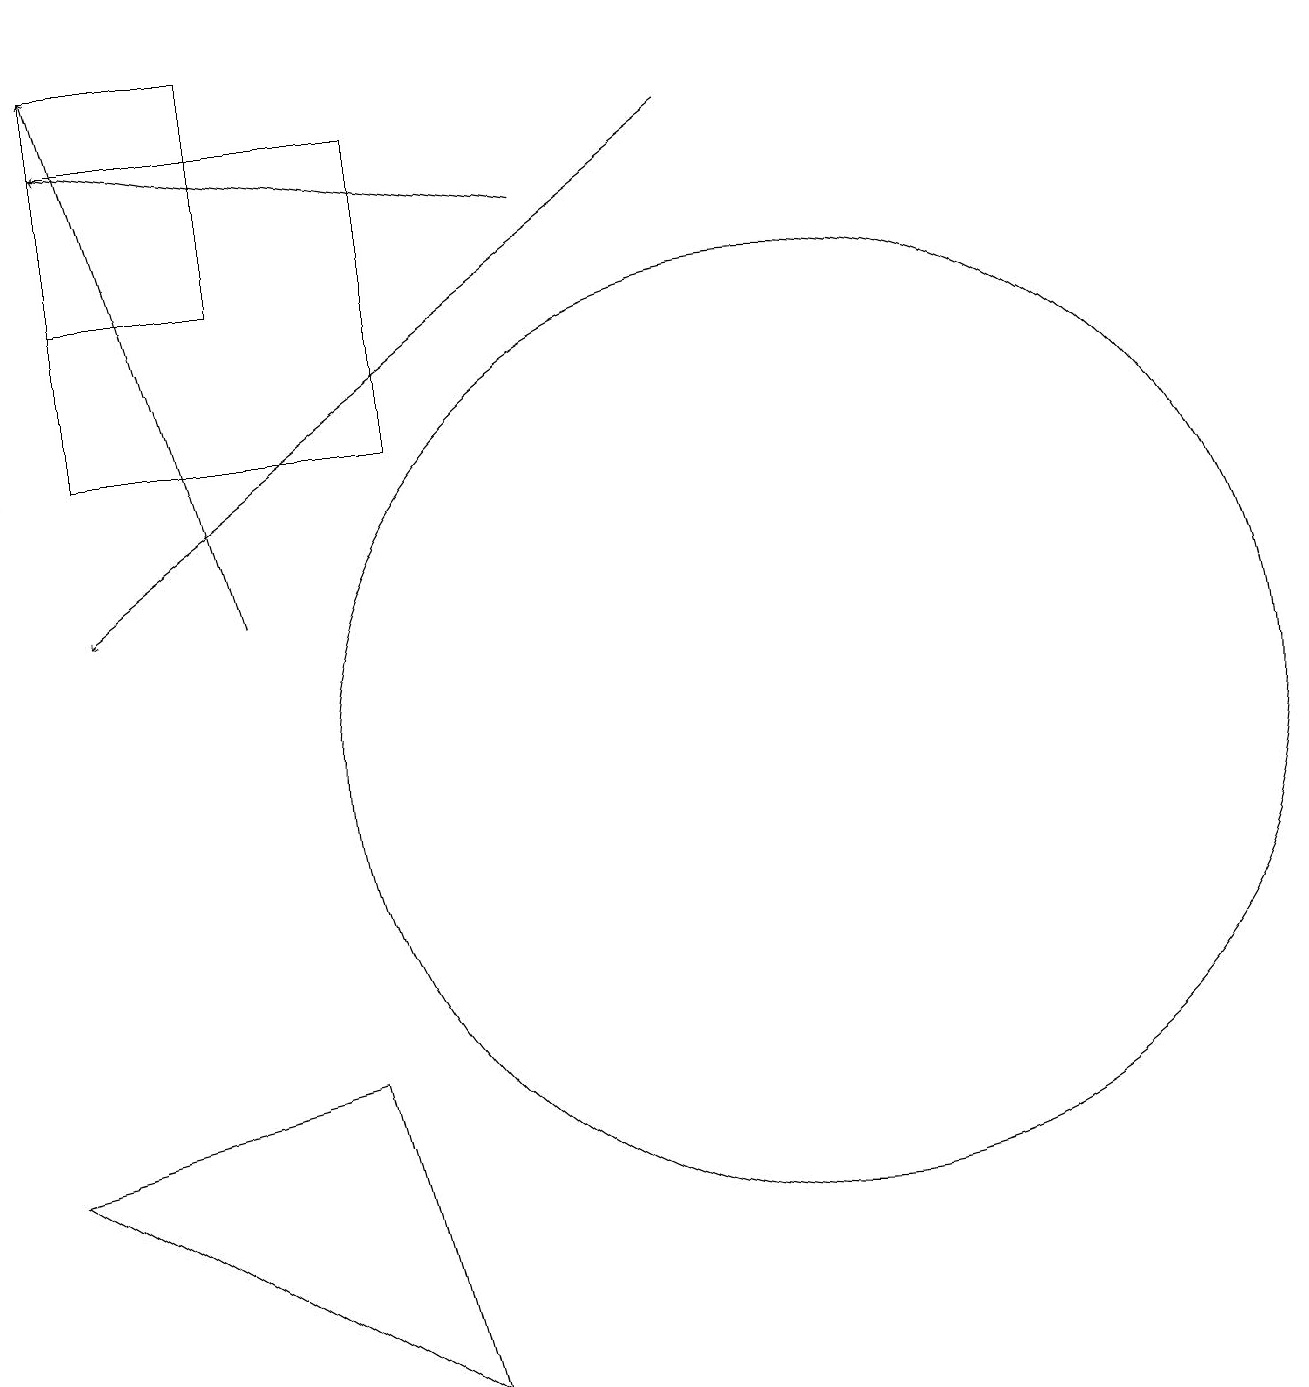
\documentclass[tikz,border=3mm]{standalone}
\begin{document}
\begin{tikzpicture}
\draw[->] (0,17) -- (0,14);
\draw[->] (9,18) -- (1,12);
\draw (4,6) -- (5,2) -- (0,5) -- cycle;
\draw[->] (3,12) -- (1,19);
\draw (1,14) rectangle (5,18);
\draw[->] (7,17) -- (1,18);
\draw (10,10) circle (6);
\draw (1,19) rectangle (3,16);
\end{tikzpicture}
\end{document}